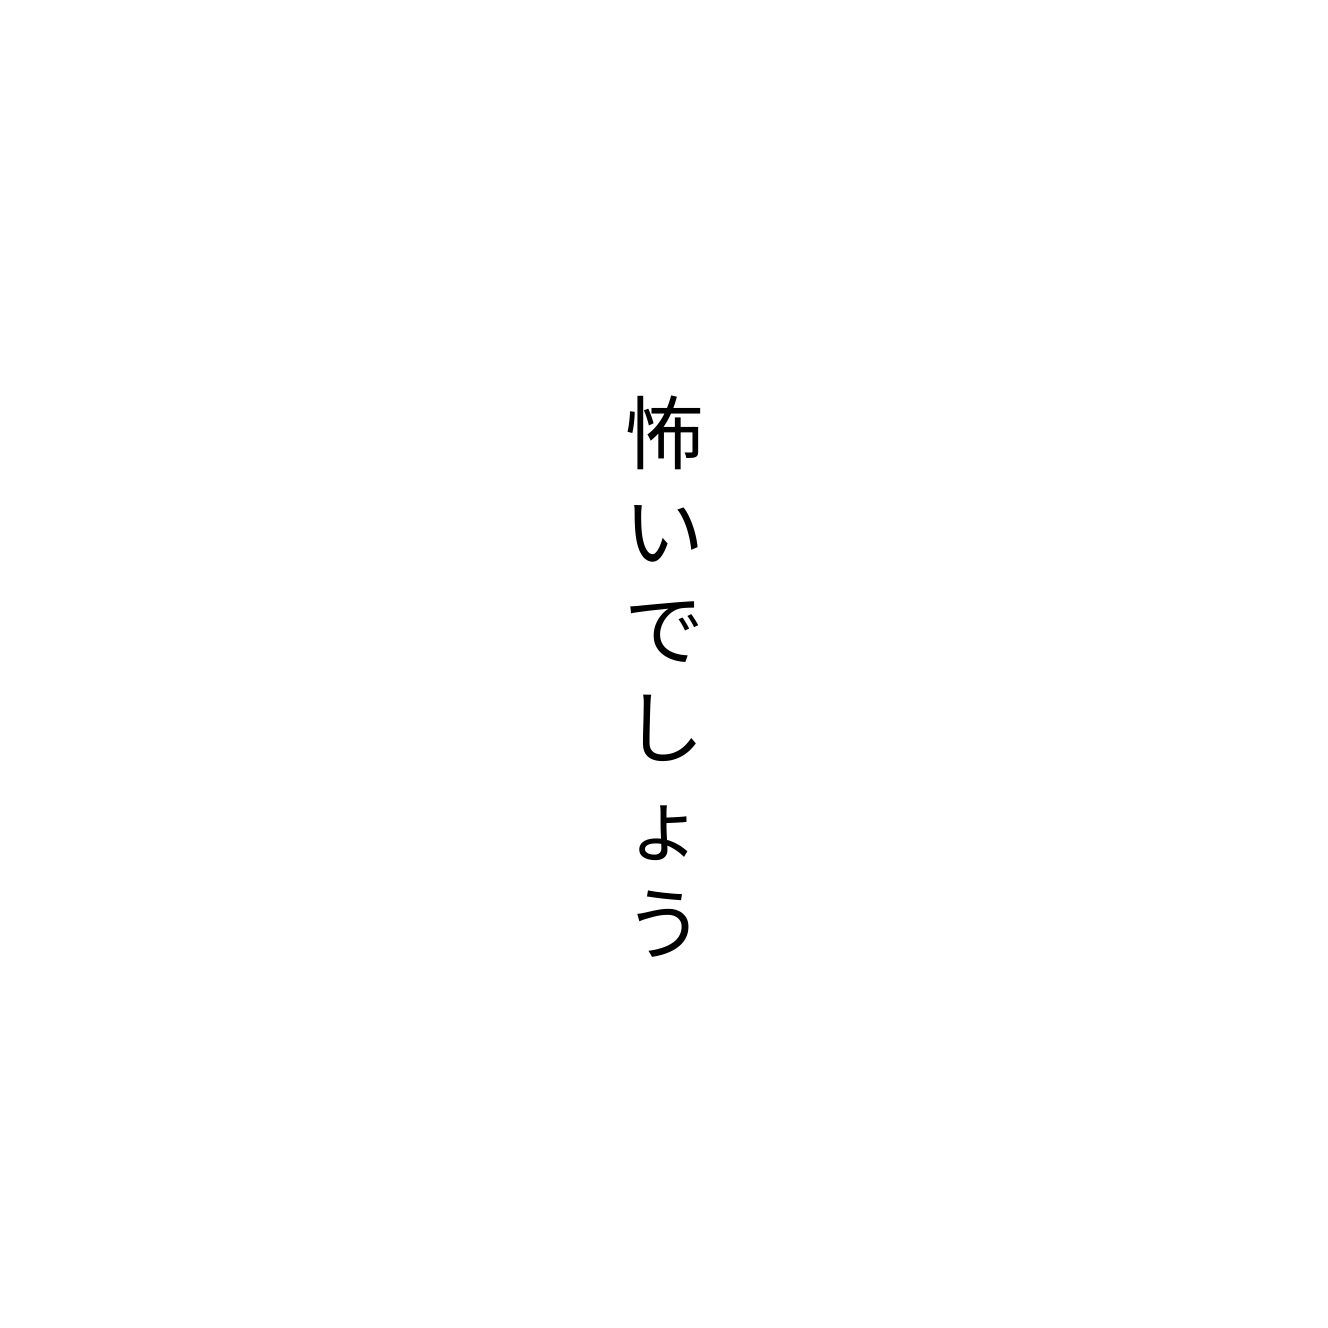
怖いでしょう